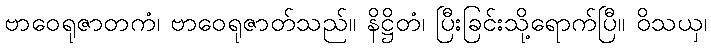
ဗာဝေရုဇာတကံ၊ ဗာဝေရုဇာတ်သည်။ နိဋ္ဌိတံ၊ ပြီးခြင်းသို့ရောက်ပြီ။ ဝိသယှ၊